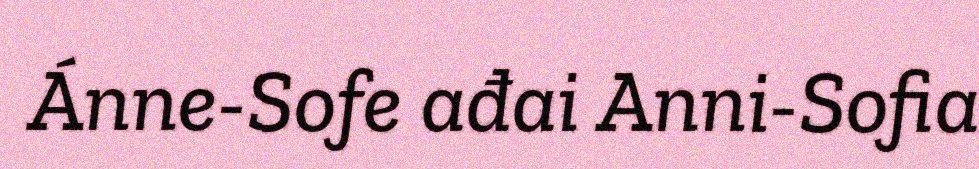
Ánne-Sofe ađai Anni-Sofia